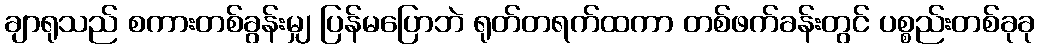
ချာရုသည် စကားတစ်ခွန်းမျှ ပြန်မပြောဘဲ ရုတ်တရက်ထကာ တစ်ဖက်ခန်းတွင် ပစ္စည်းတစ်ခုခု